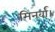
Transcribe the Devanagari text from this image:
मिनर्वा।